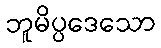
ဘူမိပ္ပဒေသော